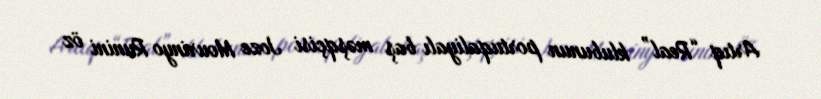
Artıq “Real” klubunun portuqaliyalı baş məşqçisi Joze Mourinyo Runini öz